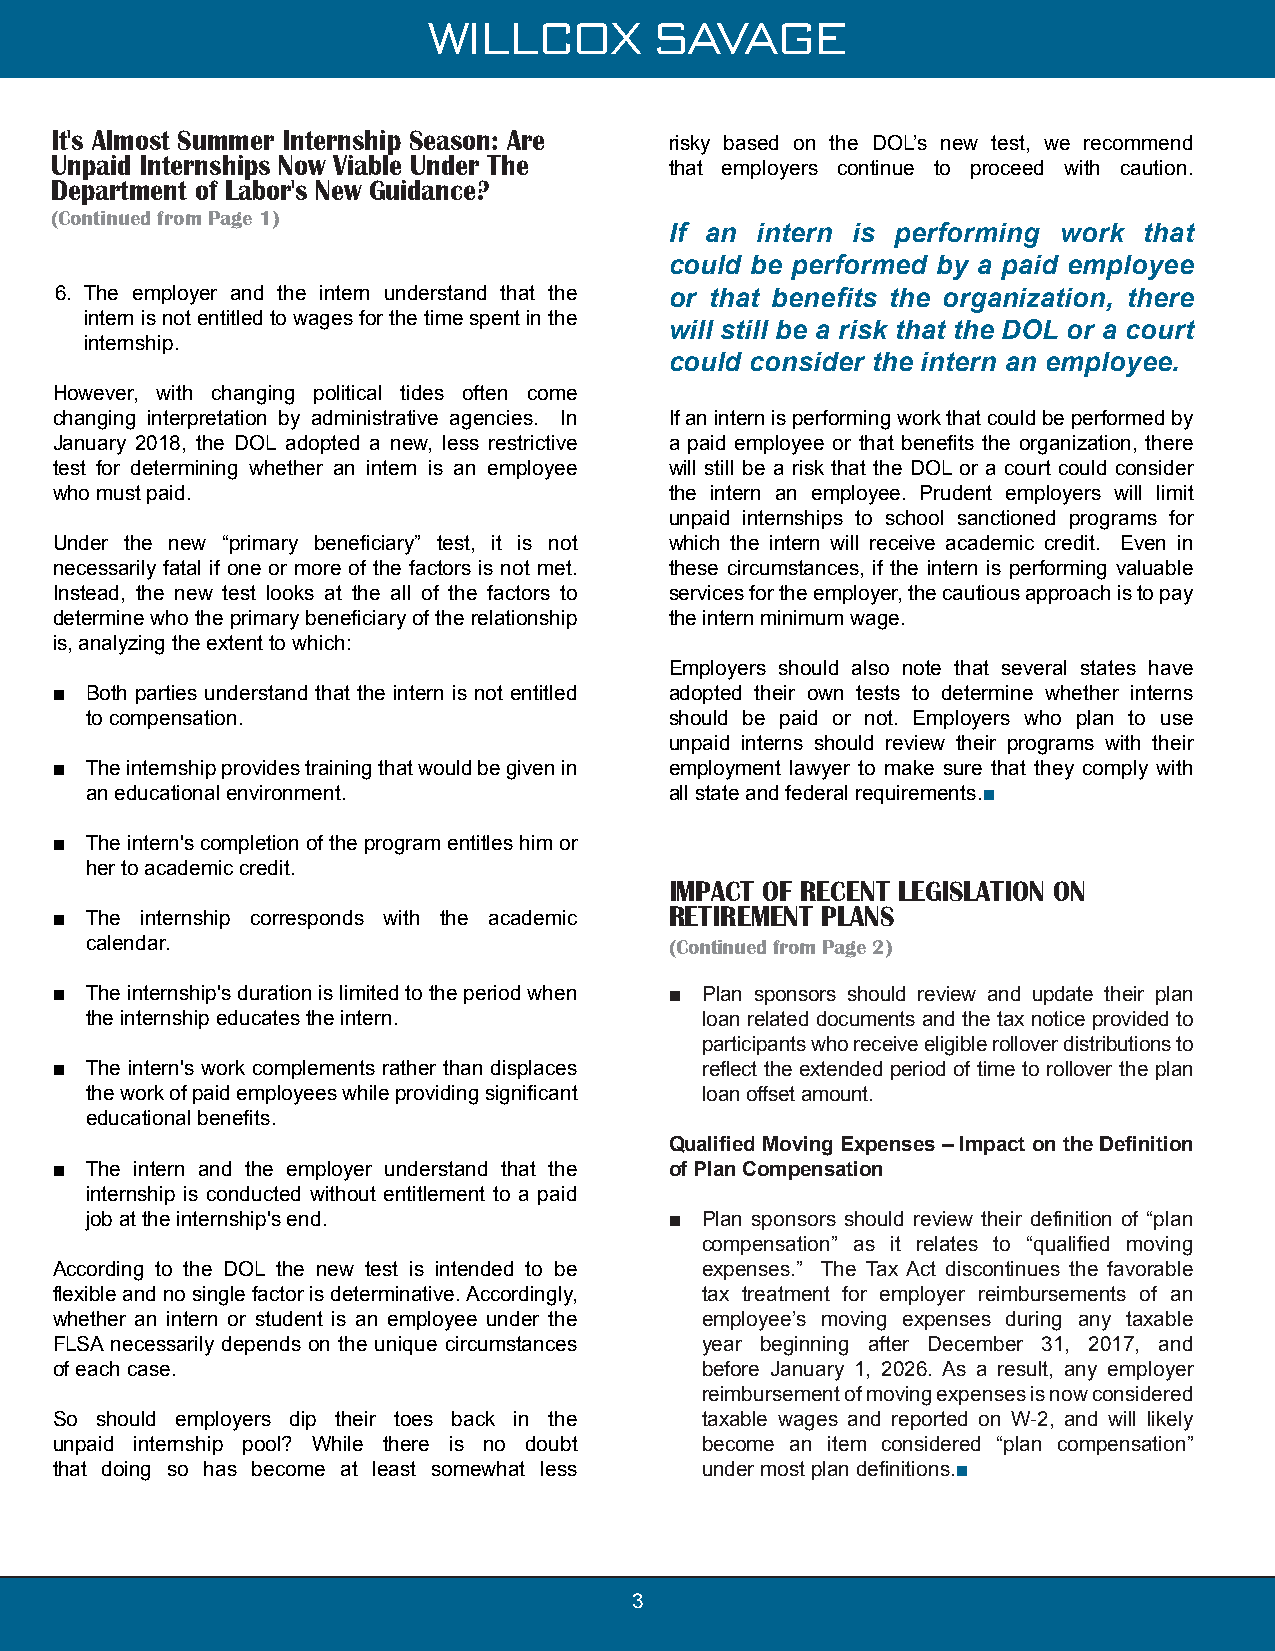
WILLCOX        SAVAGE
 It's Almost Summer Internship Season: Are
 risky based on the DOL’s new test, we recommend
 Unpaid Internships Now Viable Under The
 that employers continue to proceed with caution.
 Department of Labor's New Guidance?
 (Continued from Page 1)
 If an intern is performing work that
 could be performed by a paid employee
 6. The employer and the intern understand that the or that benefits the organization, there
 intern is not entitled to wages for the time spent in the
 will still be a risk that the DOL or a court
 internship.
 could consider the intern an employee.
 However, with changing political tides often come
 changing interpretation by administrative agencies. In If an intern is performing work that could be performed by
 January 2018, the DOL adopted a new, less restrictive a paid employee or that benefits the organization, there
 test for determining whether an intern is an employee will still be a risk that the DOL or a court could consider
 who must paid.                           the intern an employee. Prudent employers will limit
 unpaid internships to school sanctioned programs for
 Under the new “primary beneficiary” test, it is not which the intern will receive academic credit. Even in
 necessarily fatal if one or more of the factors is not met. these circumstances, if the intern is performing valuable
 Instead, the new test looks at the all of the factors to services for the employer, the cautious approach is to pay
 determine who the primary beneficiary of the relationship the intern minimum wage.
 is, analyzing the extent to which:
 Employers should also note that several states have
 ■  Both parties understand that the intern is not entitled adopted their own tests to determine whether interns
 to compensation.                      should be paid or not. Employers who plan to use
 unpaid interns should review their programs with their
 ■  The internship provides training that would be given in employment lawyer to make sure that they comply with
 an educational environment.           all state and federal requirements.■
 ■  The intern's completion of the program entitles him or
 her to academic credit.
 IMPACT OF RECENT LEGISLATION ON
 RETIREMENT PLANS
 ■  The internship corresponds with the academic
 calendar.                             (Continued from Page 2)
 ■  The internship's duration is limited to the period when ■ Plan sponsors should review and update their plan
 the internship educates the intern.     loan related documents and the tax notice provided to
 participants who receive eligible rollover distributions to
 ■  The intern's work complements rather than displaces reflect the extended period of time to rollover the plan
 the work of paid employees while providing significant loan offset amount.
 educational benefits.
 Qualified Moving Expenses – Impact on the Definition
 ■  The intern and the employer understand that the of Plan Compensation
 internship is conducted without entitlement to a paid
 job at the internship's end.          ■ Plan sponsors should review their definition of “plan
 compensation” as it relates to “qualified moving
 According to the DOL the new test is intended to be expenses.” The Tax Act discontinues the favorable
 flexible and no single factor is determinative. Accordingly, tax treatment for employer reimbursements of an
 whether an intern or student is an employee under the employee’s moving expenses during any taxable
 FLSA necessarily depends on the unique circumstances year beginning after December 31, 2017, and
 of each case.                              before January 1, 2026. As a result, any employer
 reimbursement of moving expenses is now considered
 So should employers dip their toes back in the taxable wages and reported on W-2, and will likely
 unpaid internship pool? While there is no doubt become an item considered “plan compensation”
 that doing so has become at least somewhat less under most plan definitions.■
 3
 3